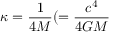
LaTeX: \kappa = { \frac { 1 } { 4 M } } ( = { \frac { c ^ { 4 } } { 4 G M } }